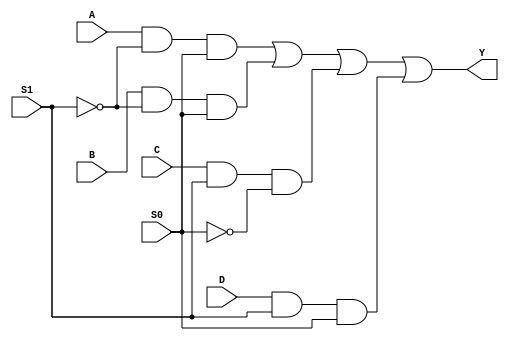
module multiplexer41(Y,A,B,C,D,S0,S1);
input A, B, C, D, S0, S1;
output Y;
assign Y = (A & ~S1 & S0) | (B & ~S1 & S0) | (C & S1 & ~S0) | (D & S1 & S0);
endmodule